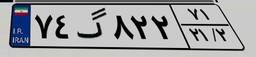
۲۳گ۴۷۲۱۱